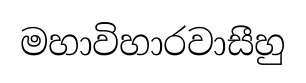
මහාවිහාරවාසීහු